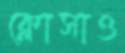
ক্লোসাও